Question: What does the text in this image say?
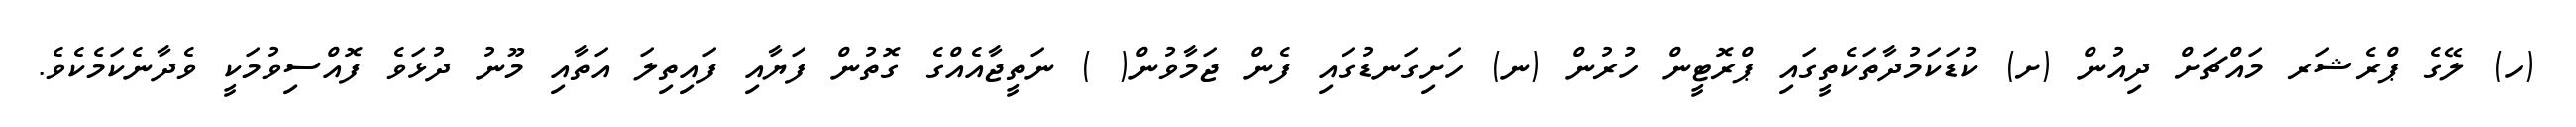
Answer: (ހ) ލޭގެ ޕްރެޝަރ މައްޗަށް ދިއުން (ށ) ކުޑަކަމުދާތަކެތީގައި ޕްރޮޓީން ހުރުން (ނ) ހަށިގަނޑުގައި ފެން ޖަމާވުން( ) ނަތީޖާއެއްގެ ގޮތުން ފަޔާއި ފައިތިލަ އަތާއި މޫނު ދުޅަވެ ފޮއްސިވުމަކީ ވެދާނެކަމެކެވެ.